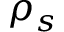
\rho _ { s }